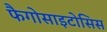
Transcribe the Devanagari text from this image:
फैगोसाइटोसिस